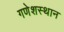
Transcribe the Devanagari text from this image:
गणेशस्थान